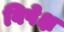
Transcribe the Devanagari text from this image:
विपेक्ष